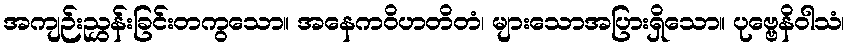
အကျဉ်းညွှန်းခြင်းတကွသော။ အနေကဝိဟတိတံ၊ များသောအပြားရှိသော။ ပုဗ္ဗေနိဝါသံ၊